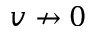
v \nrightarrow 0